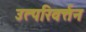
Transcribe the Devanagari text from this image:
उत्परिवर्त्तन